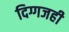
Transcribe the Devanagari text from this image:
दिग्गजही